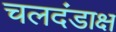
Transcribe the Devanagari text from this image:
चलदंडाक्ष